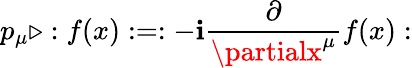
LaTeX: p_{\mu}\triangleright:f(x):=:-\mathbf{i}\frac{{\partial}}{{\partialx^{\mu}}}f(x):